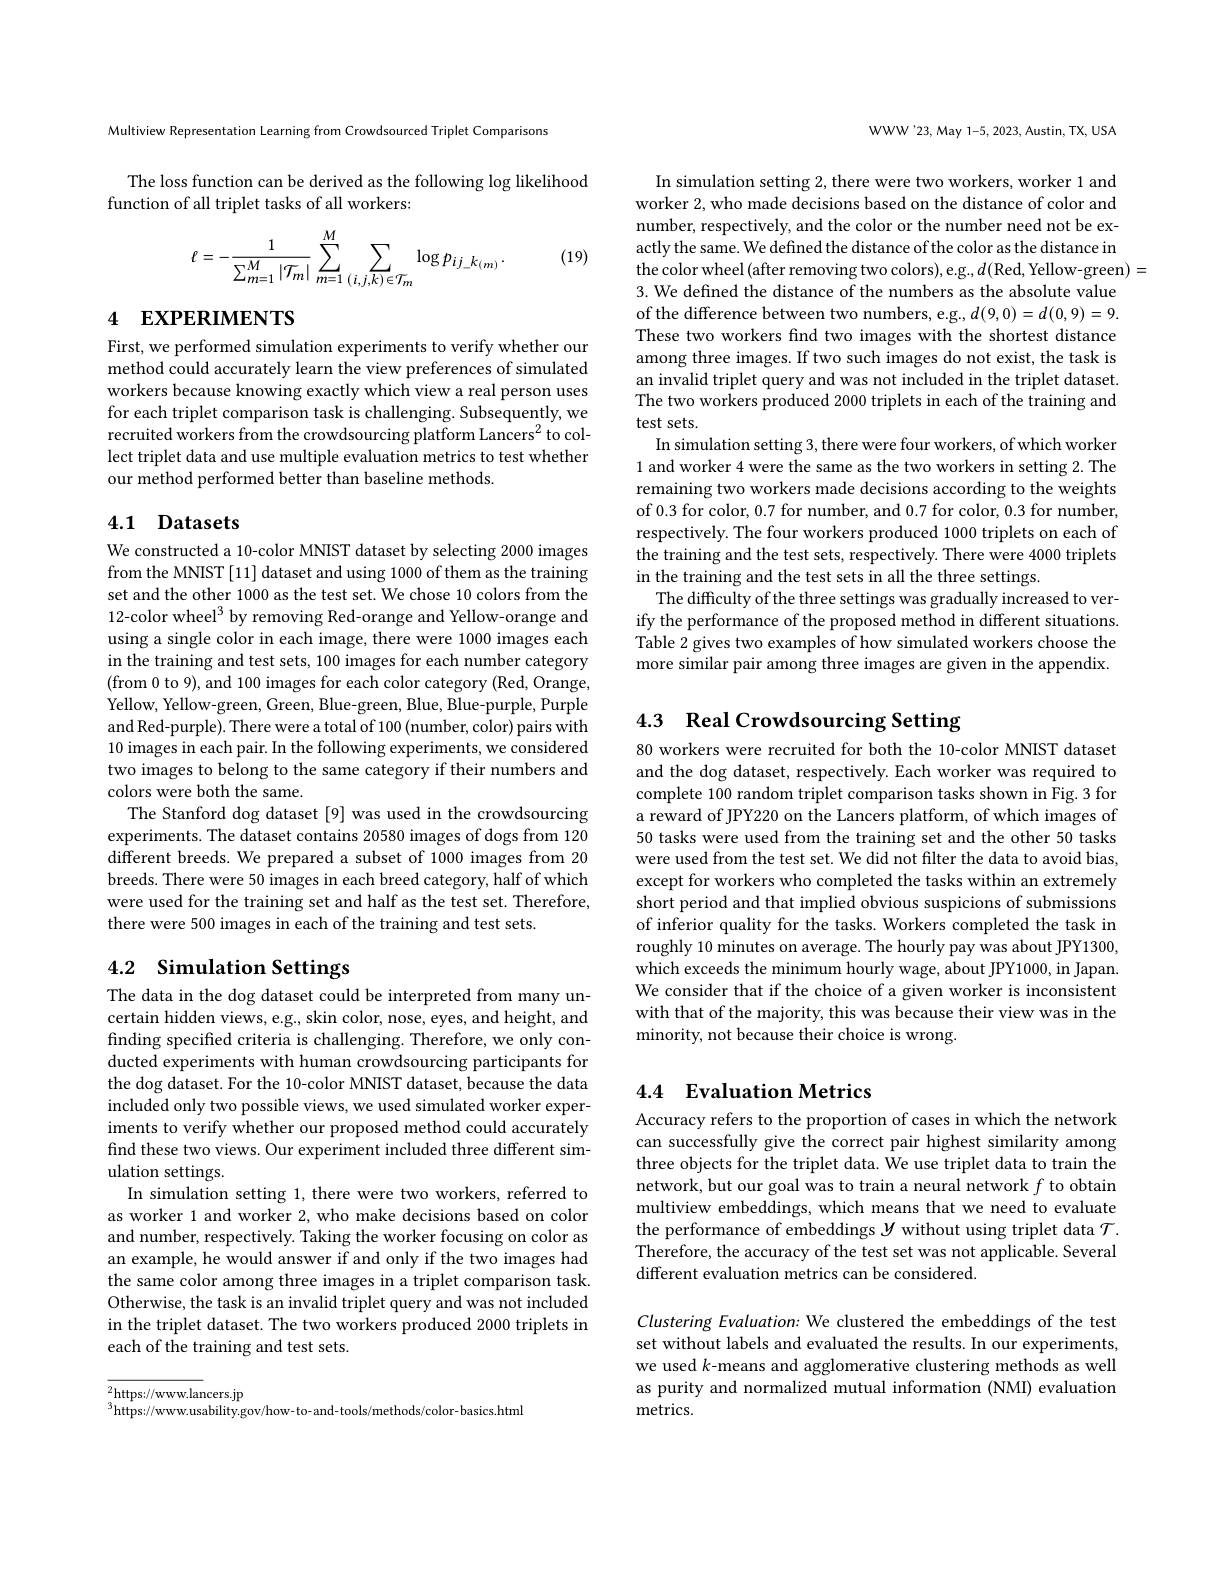
Multiview Representation Learning from Crowdsourced Triplet Comparisons

The loss function can be derived as the following log likelihood
function of all triplet tasks of all workers:

(19)
$$\ell=-\frac{1}{\sum_{m=1}^{M}|\mathcal{T}_{m}|}\sum_{m=1}^{M}\sum_{(i,j,k)\in\mathcal{T}_{m}}\log p_{ij_k_{(m)}}.$$
# 4 EXPERIMENTS

First, we performed simulation experiments to verify whether our method could accurately learn the view preferences of simulated workers because knowing exactly which view a real person uses for each triplet comparison task is challenging. Subsequently, we recruited workers from the crowdsourcing platform Lancers$^2$ to collect triplet data and use multiple evaluation metrics to test whether our method performed better than baseline methods.

## 4.1 Datasets

We constructed a 10-color MNIST dataset by selecting 2000 images from the MNIST [11] dataset and using 1000 of them as the training set and the other 1000 as the test set. We chose 10 colors from the 12-color wheel$^3$ by removing Red-orange and Yellow-orange and using a single color in each image, there were 1000 images each in the training and test sets, 100 images for each number category (from 0 to 9), and 100 images for each color category (Red, Orange, Yellow, Yellow-green, Green, Blue-green, Blue, Blue-purple, Purple and Red-purple). There were a total of 100 (number, color) pairs with 10 images in each pair. In the following experiments, we considered two images to belong to the same category if their numbers and colors were both the same.
The Stanford dog dataset [9] was used in the crowdsourcing experiments. The dataset contains 20580 images of dogs from 120 different breeds. We prepared a subset of 1000 images from 20 breeds. There were 50 images in each breed category, half of which were used for the training set and half as the test set. Therefore, there were 500 images in each of the training and test sets.

## 4.2 Simulation Settings

The data in the dog dataset could be interpreted from many uncertain hidden views, e.g., skin color, nose, eyes, and height, and finding specified criteria is challenging. Therefore, we only conducted experiments with human crowdsourcing participants for the dog dataset. For the 10-color MNIST dataset, because the data included only two possible views, we used simulated worker experiments to verify whether our proposed method could accurately find these two views. Our experiment included three different simulation settings.
In simulation setting 1, there were two workers, referred to as worker 1 and worker 2, who make decisions based on color and number, respectively. Taking the worker focusing on color as an example, he would answer if and only if the two images had the same color among three images in a triplet comparison task. Otherwise, the task is an invalid triplet query and was not included in the triplet dataset. The two workers produced 2000 triplets in each of the training and test sets.

${}_{3}^{2}$https://www.lancers.jp
$^{3}$https://www.usability.gov/how-to-and-tools/methods/color-basics.html

WWW'23, May 1-5, 2023, Austin, TX, USA

In simulation setting 2, there were two workers, worker 1 and worker 2, who made decisions based on the distance of color and number, respectively, and the color or the number need not be exactly the same. We defined the distance of the color as the distance in the color wheel (after removing two colors),e.g.,$d($Red, Yellow-green)=
3. We defined the distance of the numbers as the absolute value of the difference between two numbers, e.g., $d(9,0)=d(0,9)=9.$ These two workers find two images with the shortest distance among three images. If two such images do not exist, the task is an invalid triplet query and was not included in the triplet dataset. The two workers produced 2000 triplets in each of the training and test sets.
In simulation setting 3, there were four workers, of which worker 1 and worker 4 were the same as the two workers in setting 2. The remaining two workers made decisions according to the weights of 0.3 for color, 0.7 for number, and 0.7 for color, 0.3 for number, respectively. The four workers produced 1000 triplets on each of the training and the test sets, respectively. There were 4000 triplets in the training and the test sets in all the three settings.
The difficulty of the three settings was gradually increased to verify the performance of the proposed method in different situations. Table 2 gives two examples of how simulated workers choose the more similar pair among three images are given in the appendix.

# 4.3 Real Crowdsourcing Setting

80 workers were recruited for both the 10-color MNIST dataset and the dog dataset, respectively. Each worker was required to complete 100 random triplet comparison tasks shown in Fig. 3 for a reward of JPY220 on the Lancers platform, of which images of 50 tasks were used from the training set and the other 50 tasks were used from the test set. We did not filter the data to avoid bias, except for workers who completed the tasks within an extremely short period and that implied obvious suspicions of submissions of inferior quality for the tasks. Workers completed the task in roughly 10 minutes on average. The hourly pay was about JPY1300, which exceeds the minimum hourly wage, about JPY1000, in Japan. We consider that if the choice of a given worker is inconsistent with that of the majority, this was because their view was in the minority, not because their choice is wrong.

## 4.4 Evaluation Metrics

Accuracy refers to the proportion of cases in which the network can successfully give the correct pair highest similarity among three objects for the triplet data. We use triplet data to train the network, but our goal was to train a neural network $f$ to obtain multiview embeddings, which means that we need to evaluate the performance of embeddings $\mathcal{Y}$ without using triplet data $\mathcal{T}.$ Therefore, the accuracy of the test set was not applicable. Several different evaluation metrics can be considered.

Clustering Evaluation: We clustered the embeddings of the test set without labels and evaluated the results. In our experiments, we used $k$-means and agglomerative clustering methods as well as purity and normalized mutual information (NMI) evaluation metrics.